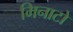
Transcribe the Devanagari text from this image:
मिनाटो